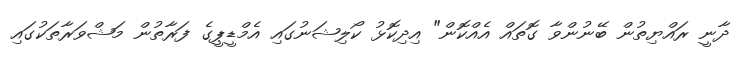
ދާނީ ރައްޔިތުން ބޭނުންވާ ގޮތައް އެއްކޮން" އިދިކޮޅު ކޯލިޝަނުގައި އެމްޑީޕީގެ ފަރާތުން މަޝްވަރާތަކުގައި